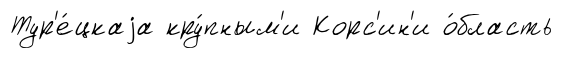
Тур'е́цкаjа кру́пным'и Корс'ин'и о́бласть